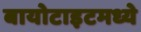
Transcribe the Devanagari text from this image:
बायोटाइटमध्ये